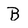
Character: B